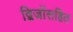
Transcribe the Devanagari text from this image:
द्विजोंसहित